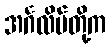
အင်္ဂလိပ်တို့က